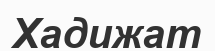
Хадижат